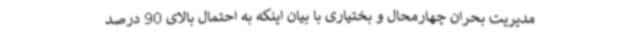
مدیریت بحران چهارمحال و بختیاری با بیان اینکه به احتمال بالای 90 درصد